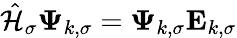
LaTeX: \hat{\mathcal{{H}}}_{\sigma}\boldsymbol{\Psi}_{k,\sigma}=\boldsymbol{\Psi}_{k,\sigma}\mathbf{E}_{k,\sigma}